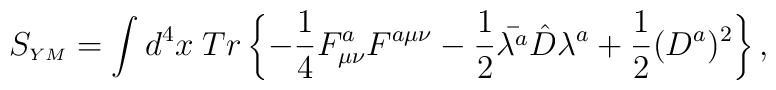
S_{\scriptscriptstyle YM}=\int d^4 x\;Tr\left\{-\frac{1}{4}F^a_{\mu\nu}F^{a\mu\nu}-\frac{1}{2}\bar{\lambda^a}\hat{D}\lambda^a+\frac{1}{2}(D^a)^{2}\right\},